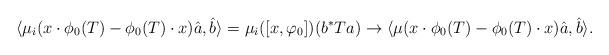
LaTeX: \begin{align*}\langle \mu_i( x \cdot \phi_0(T) - \phi_0(T) \cdot x ) \hat{a}, \hat{b} \rangle= \mu_i( [x, \varphi_0]) (b^* T a )\to \langle \mu( x \cdot \phi_0(T) - \phi_0(T) \cdot x ) \hat{a}, \hat{b} \rangle.\end{align*}